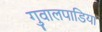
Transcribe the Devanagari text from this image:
गुवालपाडिया